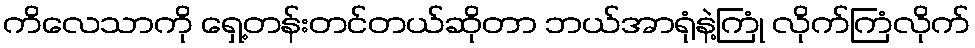
ကိလေသာကို ရှေ့တန်းတင်တယ်ဆိုတာ ဘယ်အာရုံနဲ့ကြုံ လိုက်ကြံလိုက်